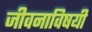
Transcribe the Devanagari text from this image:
जीवनाविषयी